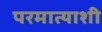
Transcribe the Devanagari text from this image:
परमात्याशी